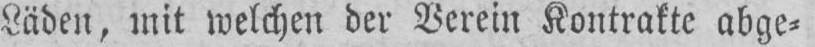
Läden, mit welchen der Verein Kontrakte abge⸗